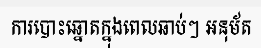
ការបោះឆ្នោតក្នុងពេលឆាប់ៗ អនុម័ត